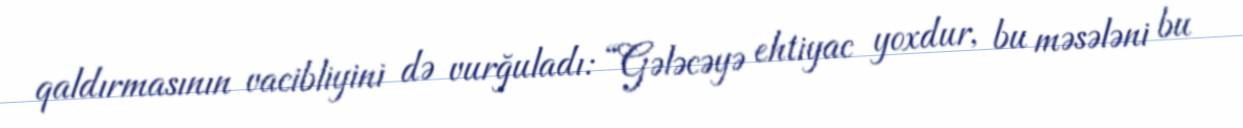
qaldırmasının vacibliyini də vurğuladı: “Gələcəyə ehtiyac yoxdur, bu məsələni bu